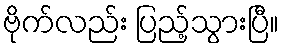
ဗိုက်လည်း ပြည့်သွားပြီ။